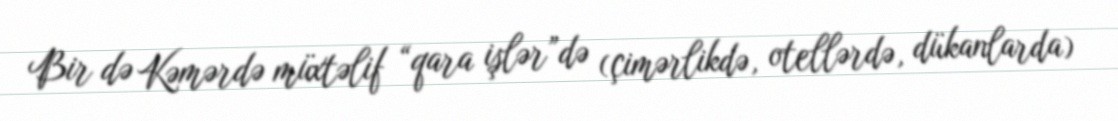
Bir də Kəmərdə müxtəlif “qara işlər”də (çimərlikdə, otellərdə, dükanlarda)